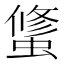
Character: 𰳑